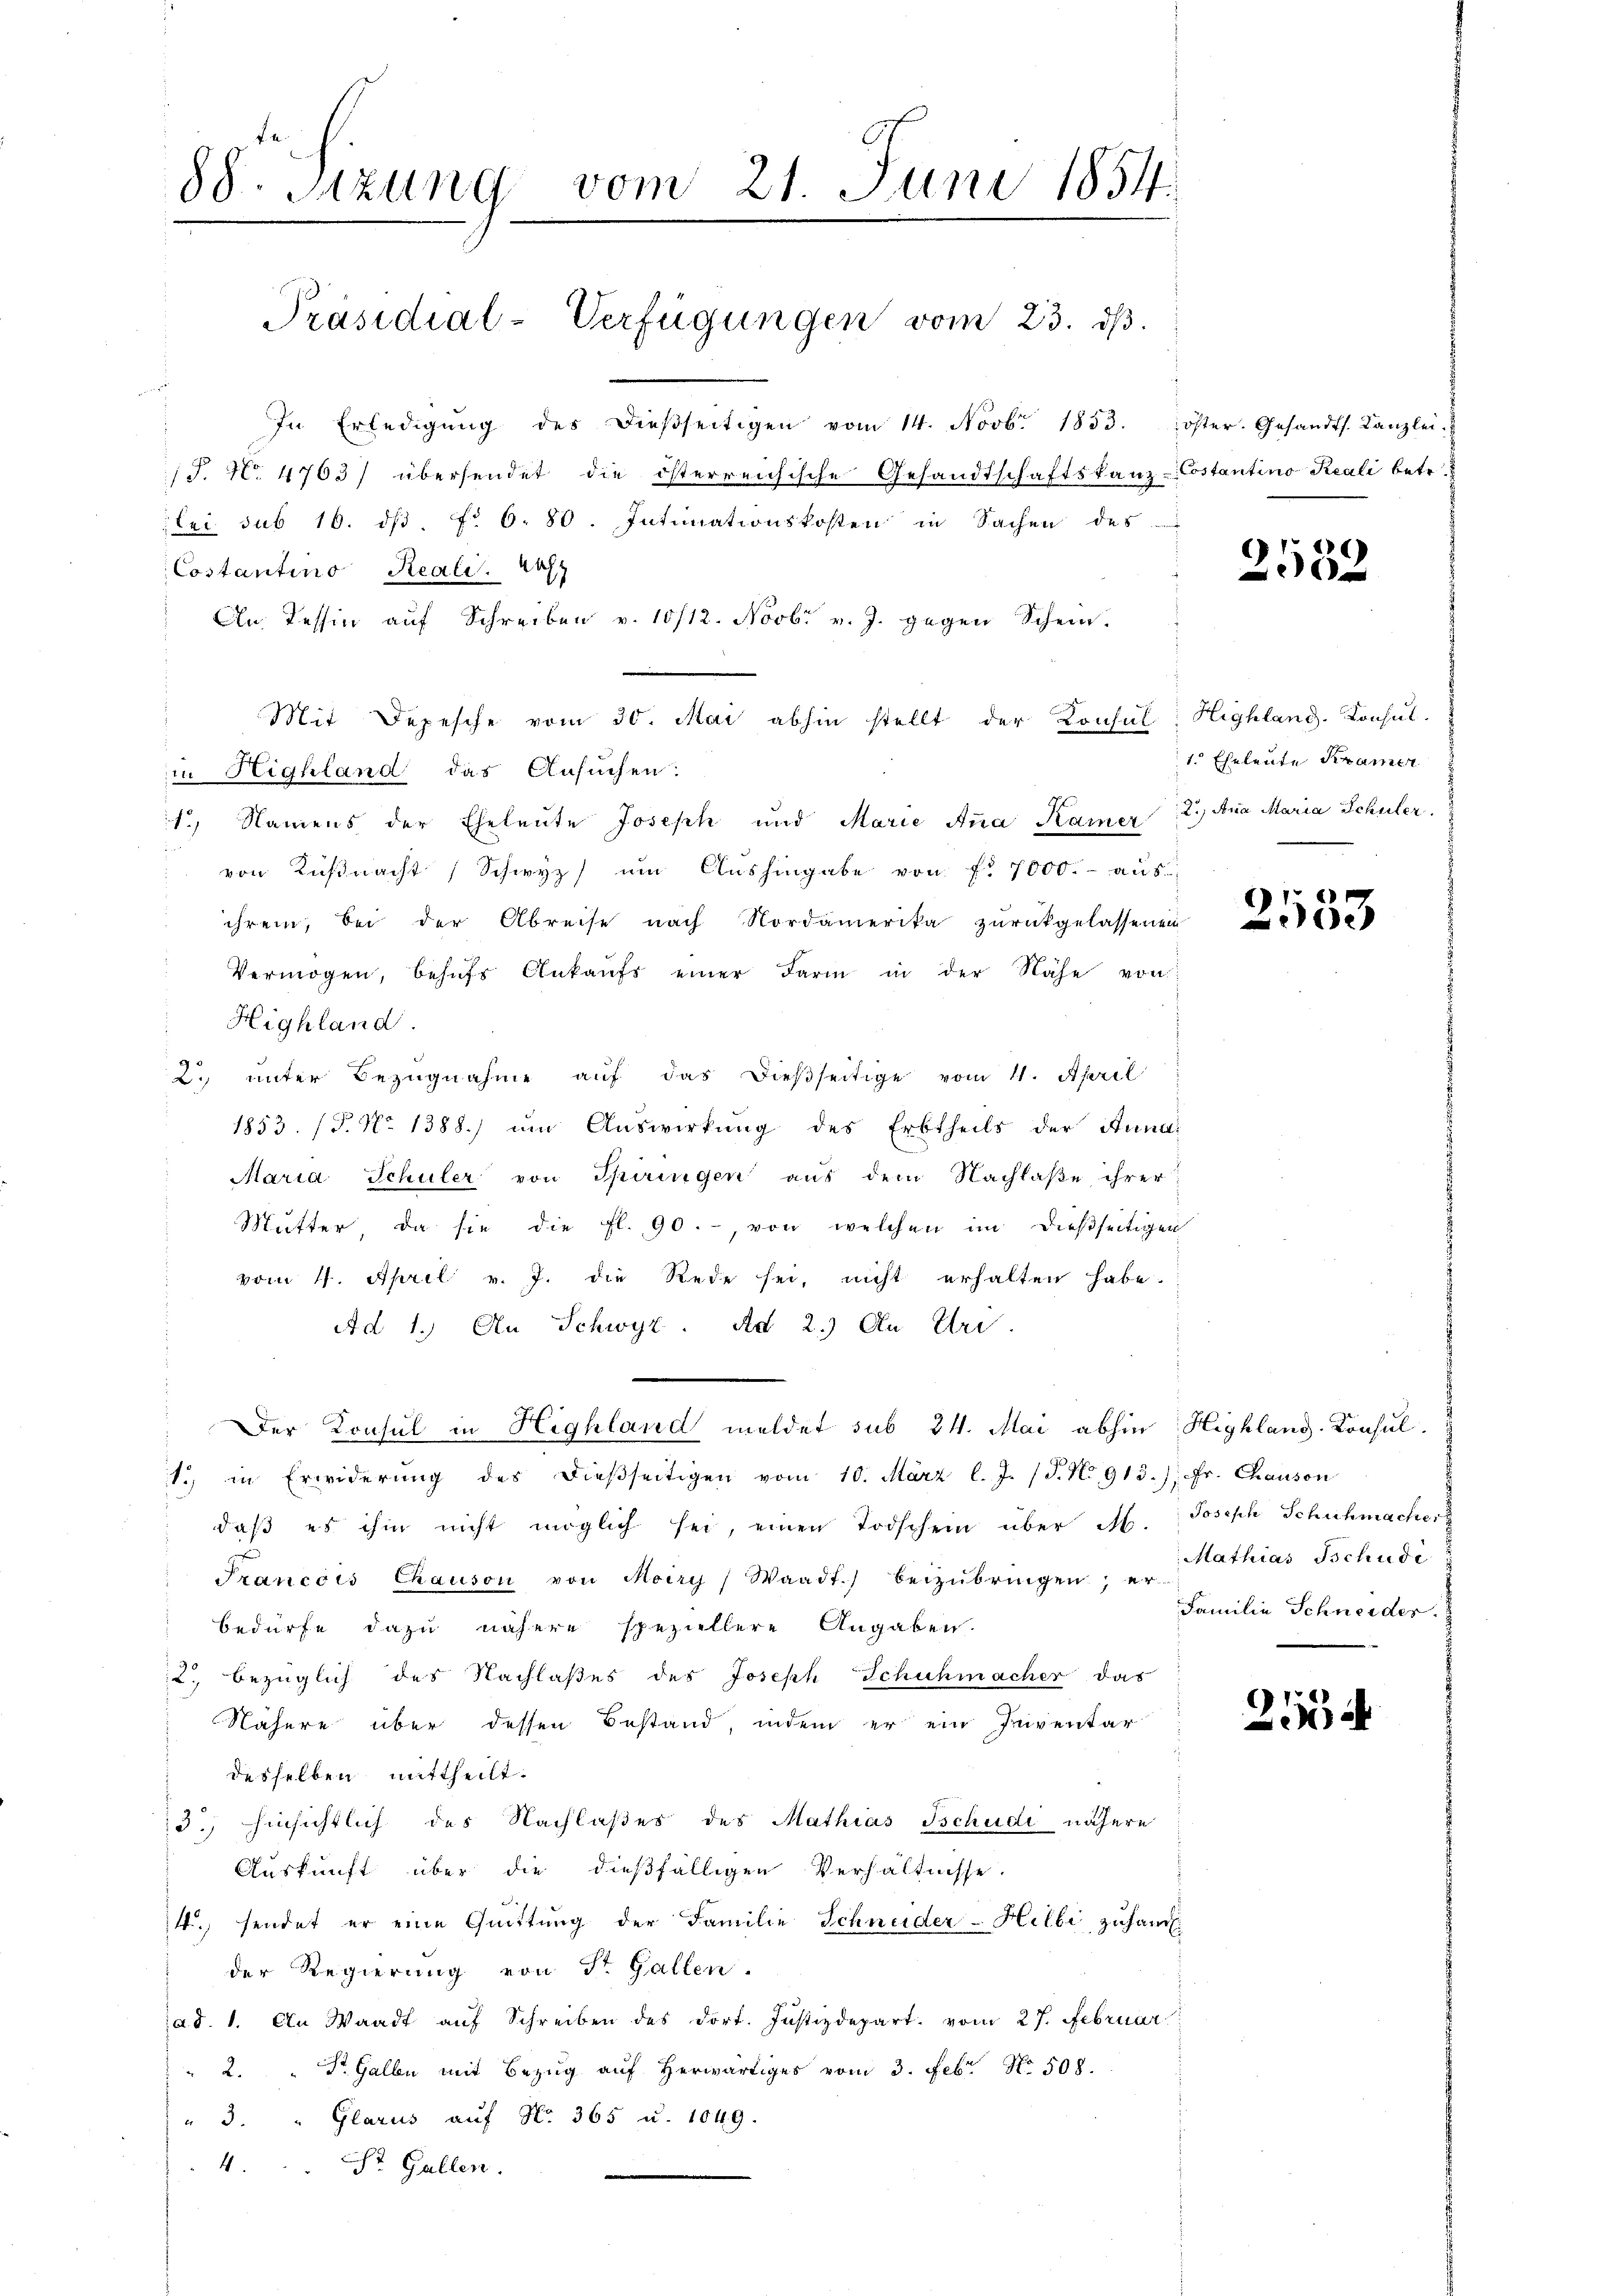
88. Sitzung vom 21. Juni 1854.
.
Präsidial-Verfügungen vom 23. ds.

In Erledigŭng des dieβseitigen vom 14. Novb. 1853. öster. Gesandts. Kanzlei
S. N. 4763) übersendet die österreichische Gesandtschaftskanz-Costantino Reali betr.
bei sub 16. dβ. f. 6. 80. Intimationskosten in Sachen des
Costantino Reali. Wah
An Tessin auf Schreiben v. 10/12. Novbr v. J. gegen Schein.
Mit Depesche vom 30. Mai abhin stellt der Konsul Highland. Konsul-
in Highland das Ansuchen:
1.) Namens der Eheleute Joseph und Marie Anna Kamer 2.) Ana Maria Schüler.
von Küßnacht, Schwyz um Aushingabe von f. 7000.- aus
ihrem, bei der Abreise nach Nordamerika zurückgelassenen
Vermögen, behŭfs Ankaŭfs einer Farm in der Nähe von
Highland
2. unter Bezugnahme auf das dießseitige vom 11. April
1853. (T. No 1388.) um Auswirkung des Erbtheils der Anna
Maria Schuler von Spiringen aus dem Nachlaße ihrer
Mutter, da sie die fl. 90.-, von welchen im dießseitigen
vom 4. April v. J. die Rede sei, nicht erhalten habe.
Ad 1. An Schwyz. Ad 2.) An Uri
Der Konsul in Highland meldet sub 24. Mai abhin Highlang-Konsul-
1. in Erwiderŭng des dieβseitigen vom 10. März l. J. (T. No 915.) Fr. Chauson
daβ es ihm nicht möglich sei, einen Todschein über M. Joseph Schuhmacher
Francois Chauson von Moiry) Waadt) beizŭbringen, er-
bedürfe dazu nähere speziellere Angaben.
2., bezüglich des Nachlaßes des Joseph Schuhmacher das
Nähere über dessen Bestand, indem er ein Inventar
desselben mittheilt.
d.) hinsichtlich des Nachlaßes des Mathias Schudi nähere
Auskunft über die dießfälligen Verhältnisse.
4. sendet er eine Quittung der Familie Schneider-Hilbi zusam
der Regierung von St. Gallen.
ad. 1. An Waadt auf Schreiben des dort. Justizdepart. vom 27. Februar
2. " Dr. Galle mit Bezug auf herwärtiges vom 3. Febr. No. 508.
" 3. " Glarus auf No 365 u. 1049.
4. St. Gallen.
d

2532

1. Eheleute Kramer

E
1.
e

Mathias Tschudi
Familie Schneider.

2114